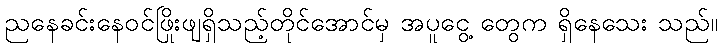
ညနေခင်းနေဝင်ဖြိုးဖျရှိသည့်တိုင်အောင်မှ အပူငွေ့ တွေက ရှိနေသေး သည်။